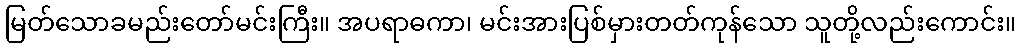
မြတ်သောခမည်းတော်မင်းကြီး။ အပရာဓကာ၊ မင်းအားပြစ်မှားတတ်ကုန်သော သူတို့လည်းကောင်း။